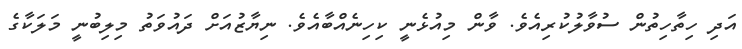
އަދި ހިތާހިތުން ސުވާލުކުރިއެވެ. ވާން މިއުޅެނީ ކިހިނެއްބާއެވެ. ނިޔާޒުއަށް ދައުވަތު މިލިބުނީ މަލަކާގެ